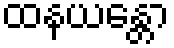
ထနယန္တော